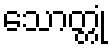
သောတ္တုံ